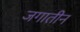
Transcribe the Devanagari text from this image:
जगातीन